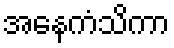
အနေကံသိကာ